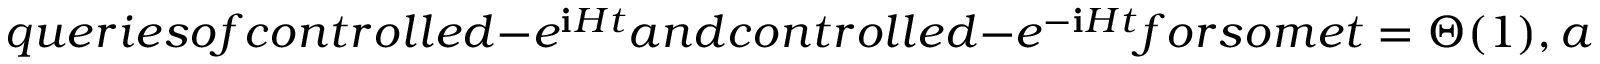
q u e r i e s o f c o n t r o l l e d - e ^ { \mathbf { i } H t } a n d c o n t r o l l e d - e ^ { - \mathbf { i } H t } f o r s o m e t = \Theta ( 1 ) , a n d